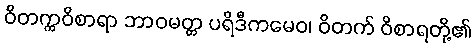
ဝိတက္ကဝိစာရာ ဘာဝမတ္တ ပရိဒီကမေဝ၊ ဝိတက် ဝိစာရတို့၏